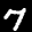
Label: 7